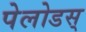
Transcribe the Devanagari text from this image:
पेलोडस्